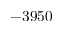
- 3 9 5 0